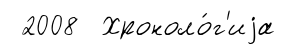
2008 Хроноло́г'иjа